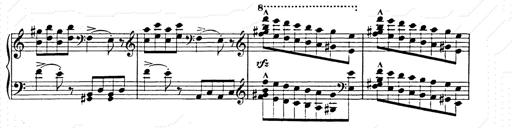
Title: Hungarian Rhapsody No.15
Composer: Franz Liszt
Key: A minor